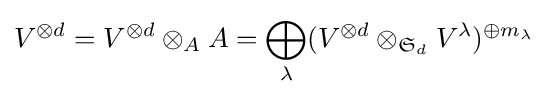
V^{\otimes d}=V^{\otimes d}\otimes _{A}A=\bigoplus _{\lambda }(V^{\otimes d}\otimes _{{\mathfrak {S}}_{d}}V^{\lambda })^{\oplus m_{\lambda }}